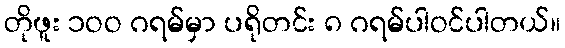
တိုဖူး ၁ဝဝ ဂရမ်မှာ ပရိုတင်း ၈ ဂရမ်ပါဝင်ပါတယ်။